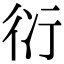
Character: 𧗠